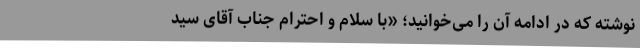
نوشته که در ادامه آن را می‌خوانید؛ «با سلام و احترام جناب آقای سید